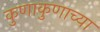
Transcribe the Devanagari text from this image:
कुणाकुणाच्या